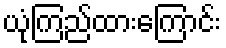
ယုံကြည်ထားကြောင်း